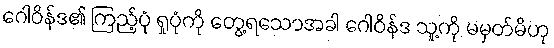
ဂေါဝိန်ဒ၏ ကြည့်ပုံ ရှုပုံကို တွေ့ရသောအခါ ဂေါဝိန်ဒ သူ့ကို မမှတ်မိဟု